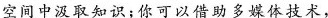
空间中汲取知识；你可以借助多媒体技术，